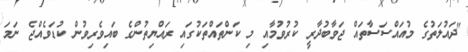
"ދައުލަތުގެ މުއައްސަސާތައް ޖަވާބުދާރީ ކުރުވުމާއި މި ކަންތައްތަކުގައި ރައްޔިތުންގެ ބައިވެރިވުން ކުޑަވެއްޖެ ނަމަ